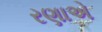
રણાએ